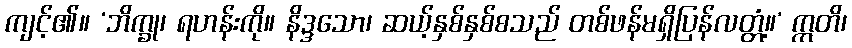
ကျင့်၏။ ‘ဘိက္ခု၊ ရဟန်းကို။ နိဒ္ဒသော၊ ဆယ့်နှစ်နှစ်စသည် တစ်ဖန်မရှိပြန်လတ္တံ့။’ ဣတိ၊